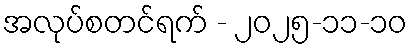
အလုပ်စတင်ရက် - ၂၀၂၅-၁၁-၁၀